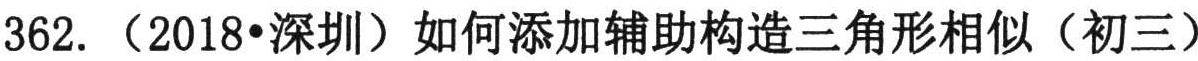
362.（2018•深圳）如何添加辅助构造三角形相似（初三）